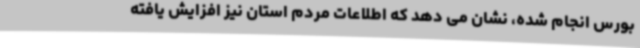
بورس انجام شده، نشان می دهد که اطلاعات مردم استان نیز افزایش یافته